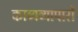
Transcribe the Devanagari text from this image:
काव्यव्यापारों